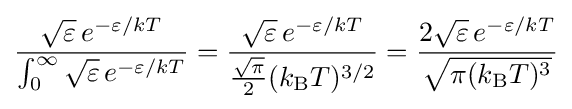
{\frac {{\sqrt {\varepsilon }}\,e^{-\varepsilon /kT}}{\int _{0}^{\infty }{\sqrt {\varepsilon }}\,e^{-\varepsilon /kT}}}={\frac {{\sqrt {\varepsilon }}\,e^{-\varepsilon /kT}}{{\frac {\sqrt {\pi }}{2}}(k_{\text{B}}T)^{3/2}}}={\frac {2{\sqrt {\varepsilon }}\,e^{-\varepsilon /kT}}{\sqrt {\pi (k_{\text{B}}T)^{3}}}}